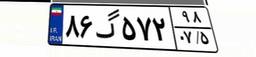
۵۴گ۶۱۰۲۴